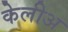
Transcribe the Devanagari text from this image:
केलीअ